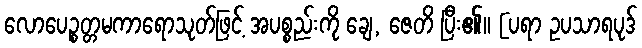
လောပေဉ္စတ္တမကာရောသုတ်ဖြင့် အပစ္စည်းကို ချေ, ဇေတိ ပြီး၏။ [ပရာ ဥပသာရပုဒ်